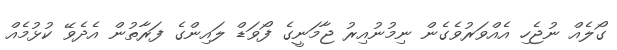
ގޯލެއް ނުޖެހި އެއްވަރުވެެގެން ނިމުނުއިރު ޖާމަނީގެ ފޯވަޑް ލައިންގެ ފަރާތުން އެދެވޭ ކުޅުމެއް